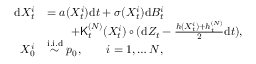
\begin{array} { r l } { \mathrm { d } X _ { t } ^ { i } } & { = a ( X _ { t } ^ { i } ) \mathrm { d } t + \sigma ( X _ { t } ^ { i } ) \mathrm { d } B _ { t } ^ { i } } \\ & { \qquad + { { \sf K } _ { t } ^ { ( N ) } ( X _ { t } ^ { i } ) \circ ( \mathrm { d } Z _ { t } - \frac { h ( X _ { t } ^ { i } ) + { h } _ { t } ^ { ( N ) } } { 2 } \mathrm { d } t ) } , } \\ { X _ { 0 } ^ { i } } & { \overset { \mathrm { i . i . d } } { \sim } p _ { 0 } , \quad \quad i = 1 , \ldots N , } \end{array}